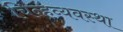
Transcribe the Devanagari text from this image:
चिन्हव्यवस्था